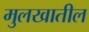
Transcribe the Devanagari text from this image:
मुलखातील